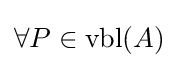
\forall P\in {\text{vbl}}(A)